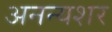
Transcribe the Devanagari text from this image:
अनन्यशर